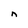
Character: n